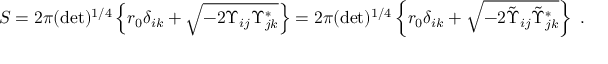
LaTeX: S = 2 \pi ( \operatorname * { d e t } ) ^ { 1 / 4 } \left\{ r _ { 0 } \delta _ { i k } + \sqrt { - 2 \Upsilon _ { i j } \Upsilon _ { j k } ^ { * } } \right\} = 2 \pi ( \operatorname * { d e t } ) ^ { 1 / 4 } \left\{ r _ { 0 } \delta _ { i k } + \sqrt { - 2 \tilde { \Upsilon } _ { i j } \tilde { \Upsilon } _ { j k } ^ { * } } \right\} \ .